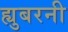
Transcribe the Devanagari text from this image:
ह्युबरनी